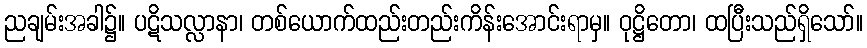
ညချမ်းအခါ၌။ ပဋိသလ္လာနာ၊ တစ်ယောက်ထည်းတည်းကိန်းအောင်းရာမှ။ ဝုဋ္ဌိတော၊ ထပြီးသည်ရှိသော်။